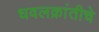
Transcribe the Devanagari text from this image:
धवलक्रांतीचे